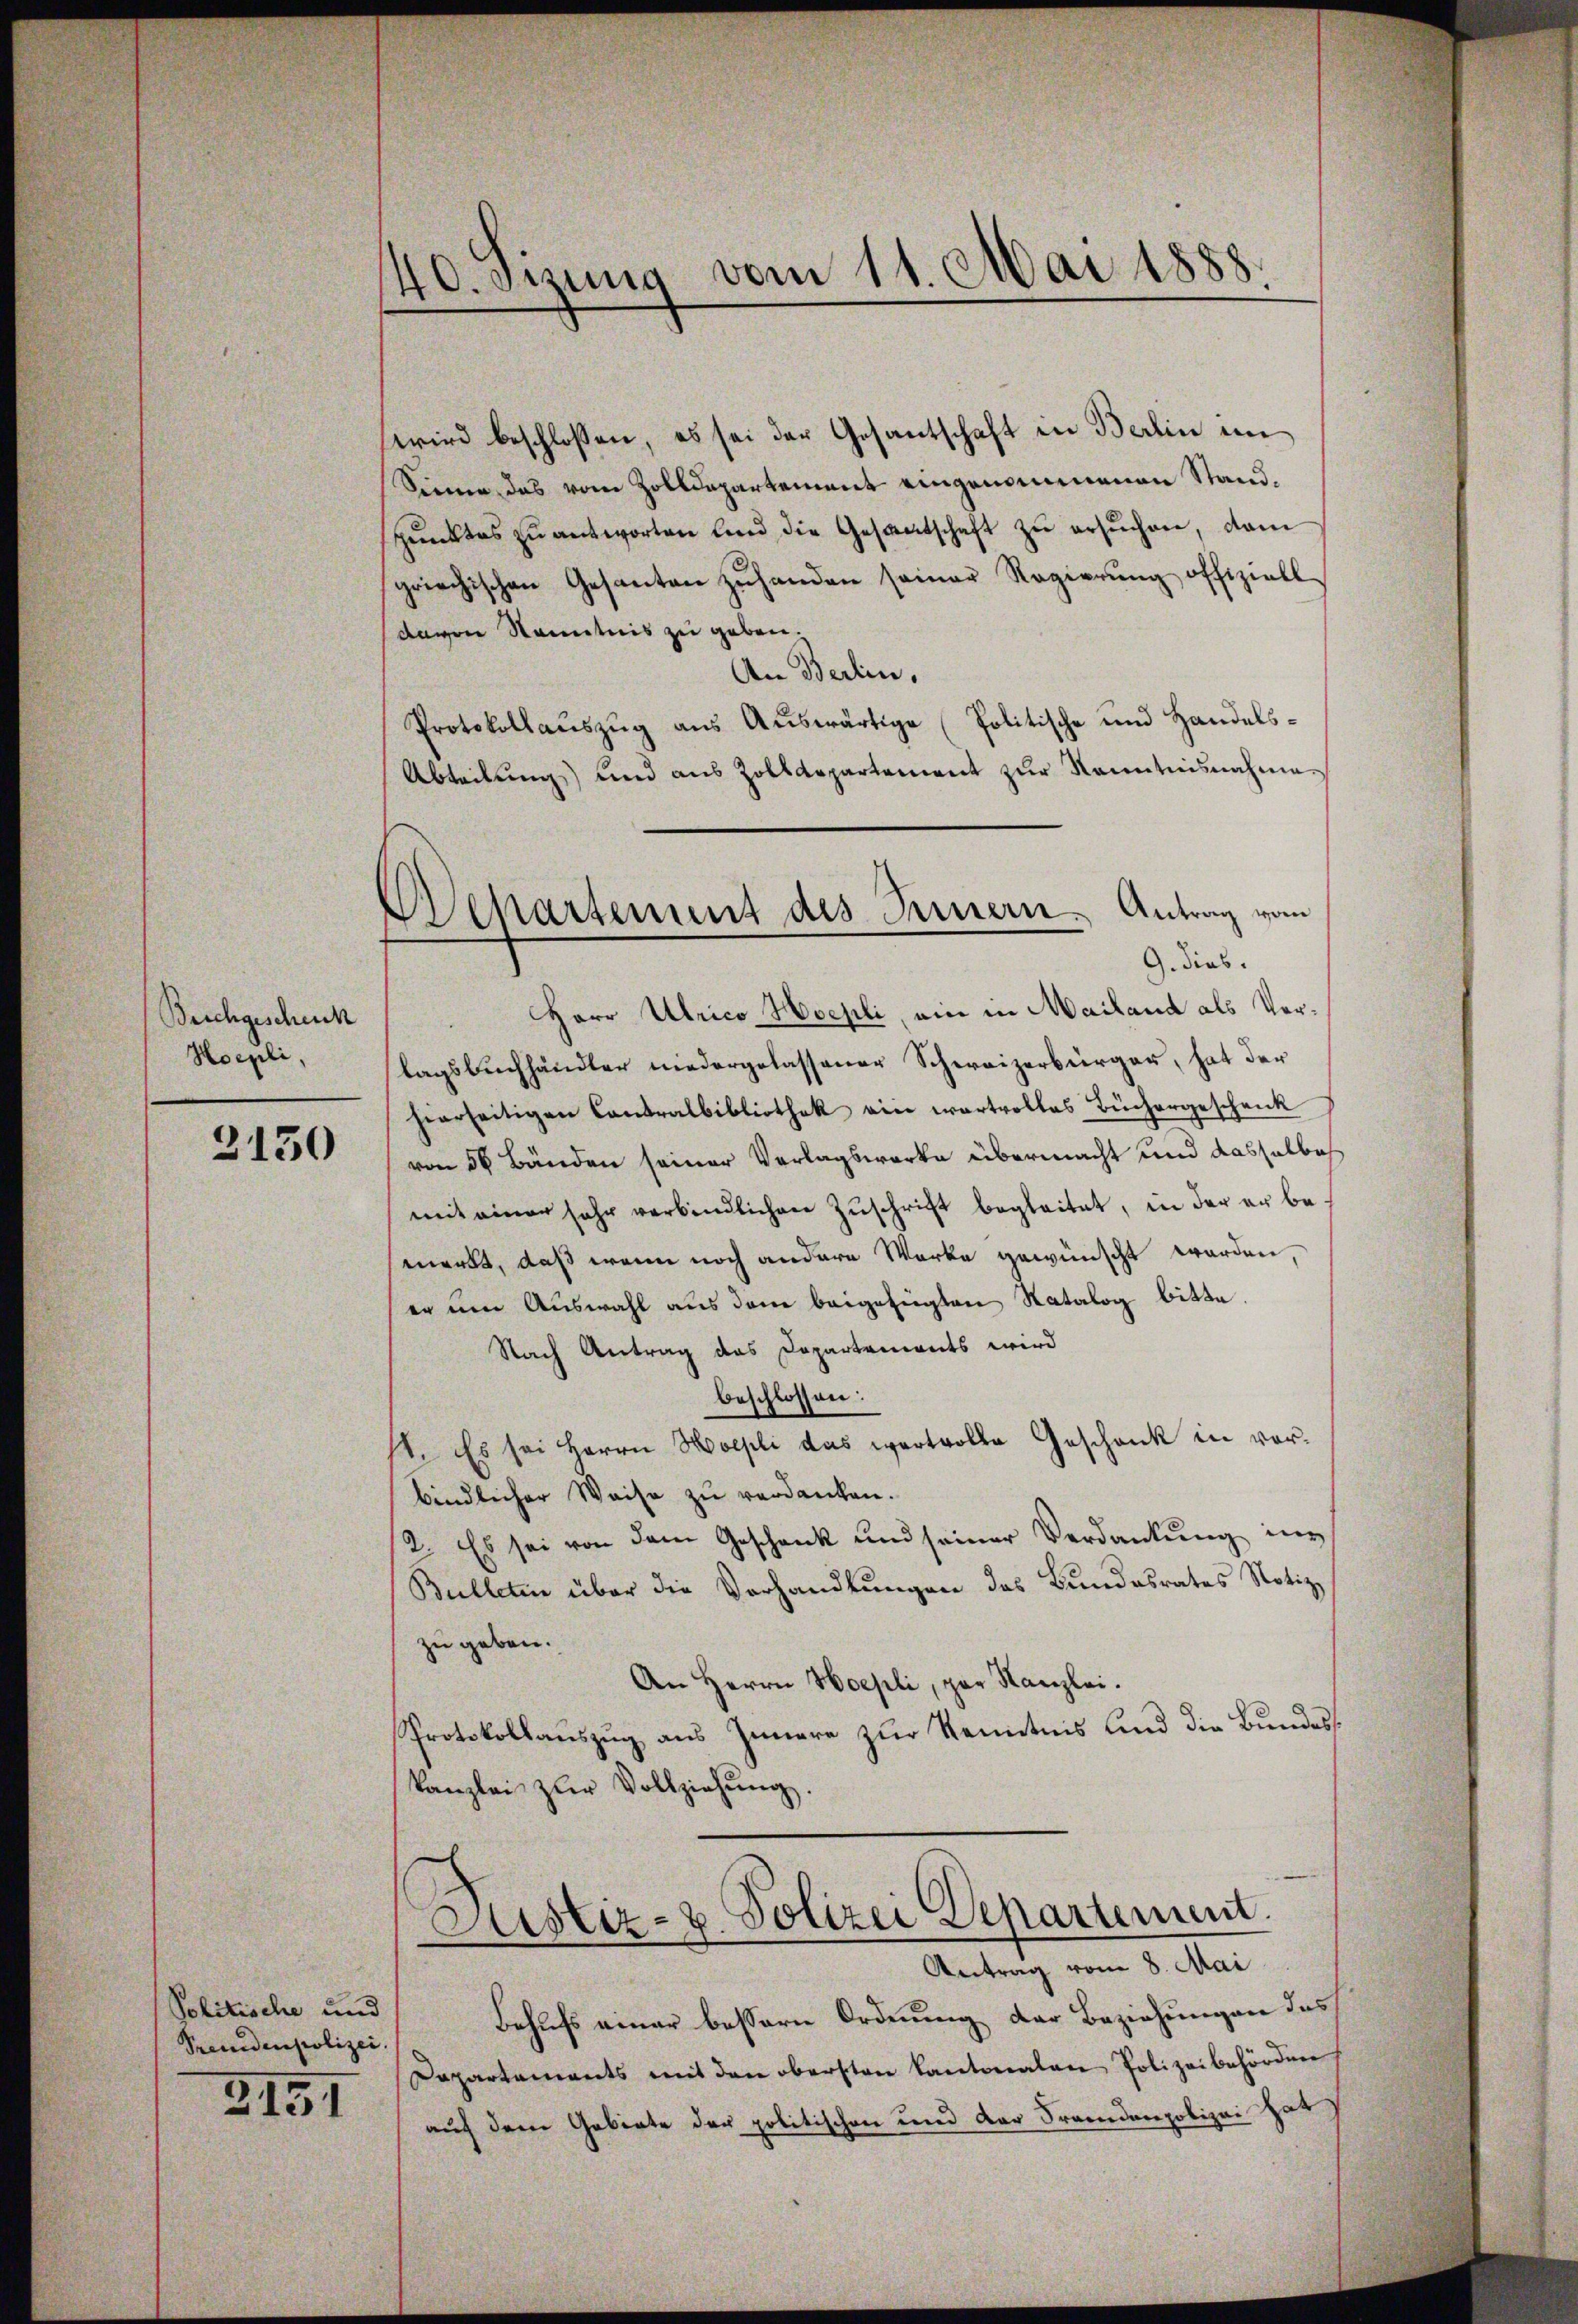
Beichgeschenk
Hoepli,

3150

Politische und
Sremdenpolizei.

3151

40 sizung vom 11. Mai 1888.

Wehartement des Innern. Antrag vom
G. dies

wird beschlossen, es sei der Gesantschaft in Berlin im
Sinne das vom Zolldepartement eingenommenen Stand,
pŭnktes zŭantworten und die Gesandtschaft zŭ ersŭchen, dam
griechischen Gesanten zŭ handen seiner Regierŭng offiziell
davon Kenntnis zu geben.
An Berlin,
Protokollaŭszŭg aŭs Aŭswärtige (Politische und Handels¬
Abteilŭng und aus Zolldepartement zŭr Kenntnisnahme.
HHerr Ulrico Hoepli, ein in Mailand als Verlagsbuchhändler niedergelassener Schweizerbürger, hat der
hearseitigen Cantralbibliothek ein wartvollas Büchergeschenk
von 56 Bänden seiner Verlagswerke übermacht und dasselbe
mit einer sehr verbindlichen Zuschrift begleitet, in der er bemerkt, daß wenn noch andere Werke gewünscht worden,
er um Auswahl aus dem beigefügten Ratalog bitte.
Nach Antrag das Departements wird
beschlossen:
1. Es sei Herrn Holzli das wertvolle Geschank in vorbindlicher Weise zu verdanken.
2. Es sei von dem Geschenk und seiner Verdankung ins
Bulleten über die Vorhandlungen das Bundesrates Notiz
zu geben.
An Herrn Hoepli, par Kanzlei.
Protokollauszug aus Innere zur Kenntnis und die Bundeskanzlei zur Vollziehung.

Sistiz- u. Polizei Departement.
Antrag vom 8. Mai

Behufs einer bessern Ordnung der Beziehungen das
Departements mit den obersten Kantonalen Polizeibehörden
auf dem Gebiete der politischen und der Fremdenpolizei hat